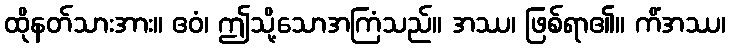
ထိုနတ်သားအား။ ဧဝံ၊ ဤသို့သောအကြံသည်။ အဿ၊ ဖြစ်ရာ၏။ ကိံအဿ၊